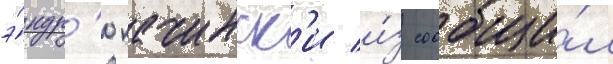
э́ндр'ю качинск'и и́з сообщи́л